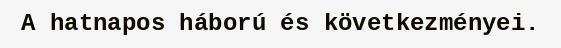
A hatnapos háború és következményei.